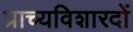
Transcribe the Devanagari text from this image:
प्राच्यविशारदों